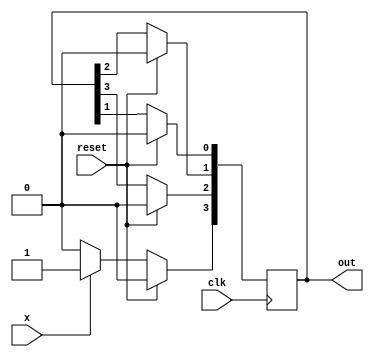
module SR(
    input reset,
    input clk,
    input x,
    output[3:0] out
);

reg[3:0] out;

always @(posedge clk) begin

    if(reset) begin
        out[3] <= 1'b0;
        out[2] <= 1'b0;
        out[1] <= 1'b0;
        out[0] <= 1'b0;
    end

    else begin
        if((x == 1'b1)) begin
            out[3] <= 1'b1;
            out[2] <= out[3];
            out[1] <= out[2];
            out[0] <= out[1];
        end
        else begin
            out[3] <= 1'b0;
            out[2] <= out[3];
            out[1] <= out[2];
            out[0] <= out[1];
        end
    end

end


endmodule